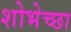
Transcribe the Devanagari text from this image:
शोभेच्छा